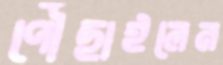
পৌঁছাইলেন